Vaccination report Assam 1874-1896 - 1874-1896
Year: 1874
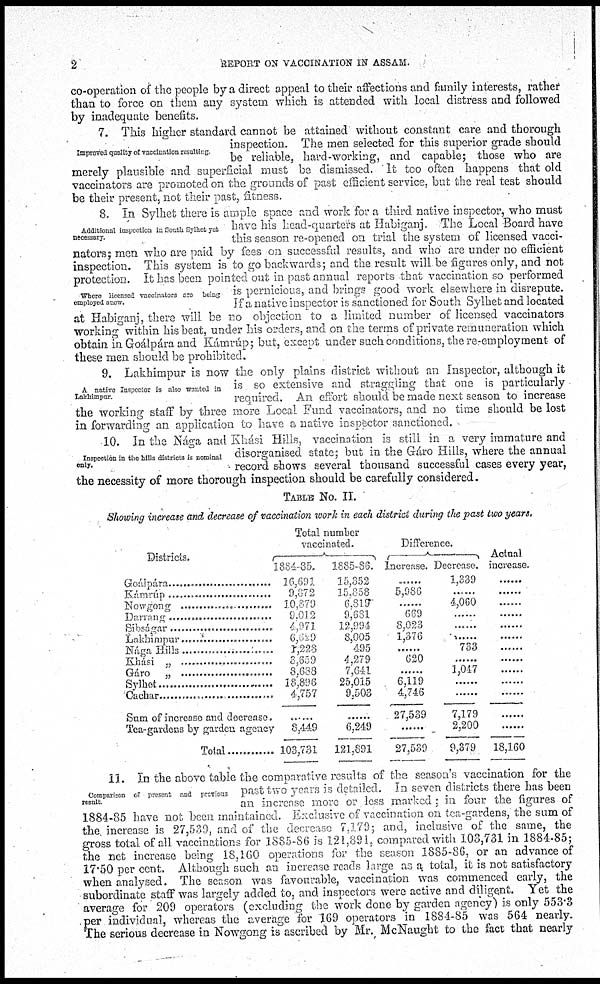
2
REPORT ON VACCINATION IN ASSAM.
co-operation of the people by a direct appeal to their affections and family interests, rather
than to force on them any system which is attended with local distress and followed
by inadequate benefits.
Improved quality of vaccination resulting.
7. This higher standard cannot be attained without constant care and thorough
inspection. The men selected for this superior grade should
be reliable, hard-working, and capable; those who are
merely plausible and superficial must be dismissed. It too often happens that old
vaccinators are promoted on the grounds of past efficient service, but the real test should
be their present, not their past, fitness.
Additional inspection in South Sylhet yet
necessary.
Where licensed vaccinators are being
employed anew.
8. In Sylhet there is ample space and work for a third native inspector, who must
have his head-quarters at Habiganj. The Local Board have
this season re-opened on trial the system of licensed vacci-
nators; men who are paid by fees on successful results, and who are under no efficient
inspection. This system is to go backwards; and the result will be figures only, and not
protection. It has been pointed out in past annual reports that vaccination so performed
is pernicious, and brings good work elsewhere in disrepute.
If a native inspector is sanctioned for South Sylhet and located
at Habiganj, there will be no objection to a limited number of licensed vaccinators
working within his beat, under his orders, and on the terms of private remuneration which
obtain in Goálpára and Kámrúp; but, except under such conditions, the re-employment of
these men should be prohibited.
A native Inspector is also wanted in
Lakhimpur.
9. Lakhimpur is now the only plains district without an Inspector, although it
is so extensive and straggling that one is particularly
required. An effort should be made next season to increase
the working staff by three more Local Fund vaccinators, and no time should be lost
in forwarding an application to have a native inspector sanctioned.
Inspection in the bills districts is nominal
only.
10. In the Nága and Khási Hills, vaccination is still in a very immature and
disorganised state; but in the Gáro Hills, where the annual
record shows several thousand successful cases every year,
the necessity of more thorough inspection should be carefully considered.
TABLE No. II.
Showing increase and decrease of vaccination work in each district during the past two years.
Districts.
Goálpára .......................
Kámrúp ...................
Nowgong ...............
Darrang .....................
Sibságar ....................
Lakhimpur ..................
Nága Hills ....................
Khási „ ..................
Gáro „ ....................
Sylhet ......................
Cachar .............................
Sum of increase and decrease.
Tea-gardens by garden agency
Total ..........
Total number
vaccinated.
1884-85.
16,691
9,872
10,879
9,012
4,971
6,629
1,228
3,659
8,688
18,896
4,757
......
8,449
103,731
1885-86.
15,352
15,858
6,819
9,681
12,994
8,005
495
4,279
7,641
25,015
9,503
......
6,249
121,891
Difference.
Increase.
......
5,986
......
669
8,023
1,376
......
620
......
6,119
4,746
27,539
......
27,539
Decrease.
1,339
......
4,060
......
......
......
733
......
1,047
......
......
7,179
2,200
9,379
Actual
increase.
......
......
......
......
......
......
......
......
......
......
......
......
......
18,160
Comparison of present and previous
result.
11. In the above table the comparative results of the season's vaccination for the
past two years is detailed. In seven districts there has been
an increase more or less marked ; in four the figures of
1884-85 have not been maintained. Exclusive of vaccination on tea-gardens, the sum of
the increase is 27,539, and of the decrease 7,179; and, inclusive of the same, the
gross total of all vaccinations for 1885-86 is 121,891, compared with 103,731 in 1884-85;
the net increase being 18,160 operations for the season 1885-86, or an advance of
17.50 per cent. Although such an increase reads large as a total, it is not satisfactory
when analysed. The season was favourable, vaccination was commenced early, the
subordinate staff was largely added to, and inspectors were active and diligent. Yet the
average for 209 operators (excluding the work done by garden agency) is only 553.3
per individual, whereas the average for 169 operators in 1884-85 was 564 nearly.
The serious decrease in Nowgong is ascribed by Mr. McNaught to the fact that nearly